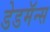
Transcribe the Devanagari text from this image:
डेडमॅन्स